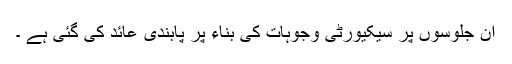
ان جلوسوں پر سیکیورٹی وجوہات کی بناء پر پابندی عائد کی گئی ہے ۔